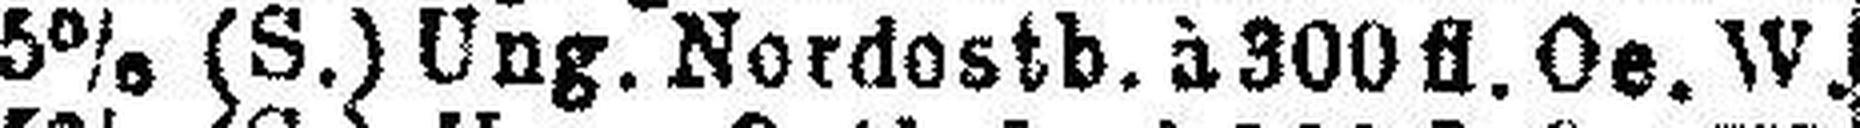
5% (S.) Ung. Nordostb. à 300 fl. Oe. W.